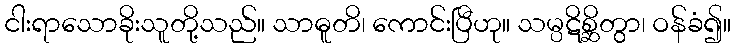
ငါးရာသောခိုးသူတို့သည်။ သာဓူတိ၊ ကောင်းပြီဟု။ သမ္ပဋိစ္ဆိတွာ၊ ဝန်ခံ၍။